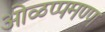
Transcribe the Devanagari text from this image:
ओळप्पमण्ण